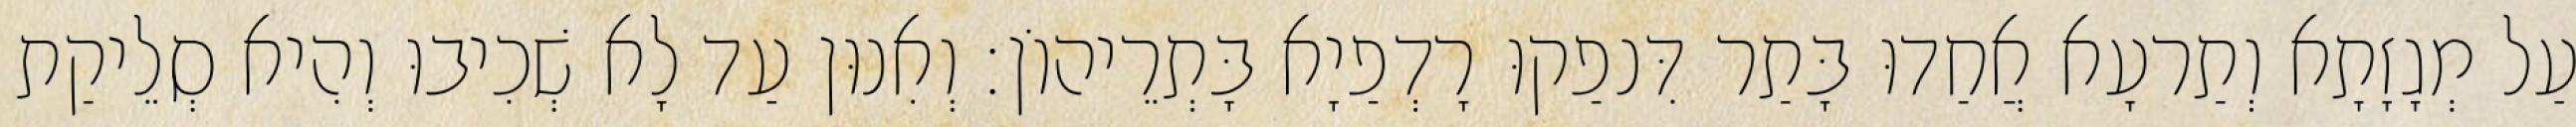
עַל מְגָזָתָא וְתַרעָא אֲחַדוּ בָּתַר דִּנפַקוּ רָדְפַיָא בָּתְרֵיהוֹן׃ וְאִנוּן עַד לָא שְׁכִיבוּ וְהִיא סְלֵיקַת